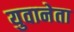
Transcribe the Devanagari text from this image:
युवानेता